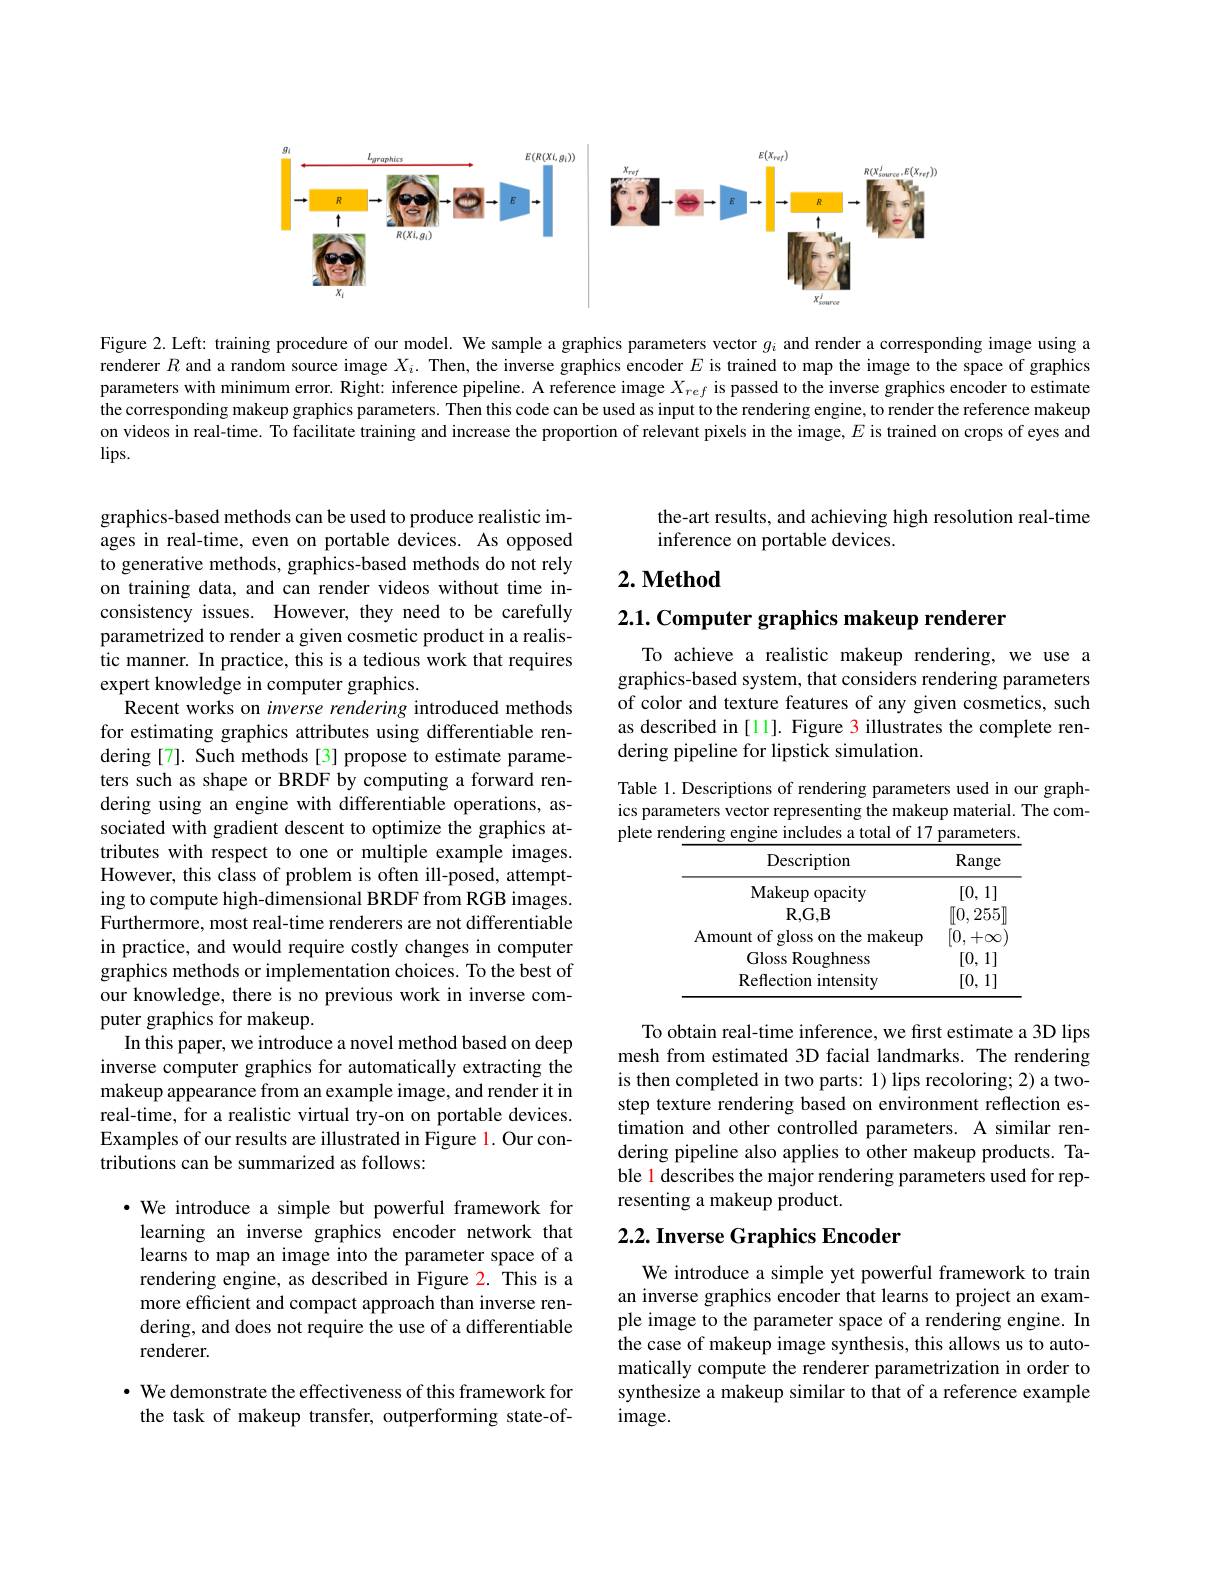
<FigureHere>

Figure 2. Left: training procedure of our model. We sample a graphics parameters vector $g_i$ and render a corresponding image using a renderer $R$ and a random source image $X_i.$ Then, the inverse graphics encoder $E$ is trained to map the image to the space of graphics parameters with minimum error. Right: inference pipeline. A reference image $X_{ref}$ is passed to the inverse graphics encoder to estimate the corresponding makeup graphics parameters. Then this code can be used as input to the rendering engine, to render the reference makeup on videos in real-time. To facilitate training and increase the proportion of relevant pixels in the image, $E$ is trained on crops of eyes and $lips.$

graphics-based methods can be used to produce realistic images in real-time, even on portable devices. As opposed to generative methods, graphics-based methods do not rely on training data, and can render videos without time inconsistency issues. However, they need to be carefully parametrized to render a given cosmetic product in a realistic manner. In practice, this is a tedious work that requires expert knowledge in computer graphics.
Recent works on inverse rendering introduced methods for estimating graphics attributes using differentiable rendering[7]. Such methods[3] propose to estimate parameters such as shape or BRDF by computing a forward rendering using an engine with differentiable operations, associated with gradient descent to optimize the graphics attributes with respect to one or multiple example images. However, this class of problem is often ill-posed, attempting to compute high-dimensional BRDF from RGB images. Furthermore, most real-time renderers are not differentiable in practice, and would require costly changes in computer graphics methods or implementation choices. To the best of our knowledge, there is no previous work in inverse computer graphics for makeup.
In this paper, we introduce a novel method based on deep inverse computer graphics for automatically extracting the makeup appearance from an example image, and render it in real-time, for a realistic virtual try-on on portable devices. Examples of our results are illustrated in Figure l. Our contributions can be summarized as follows:

·We introduce a simple but powerful framework for
learning an inverse graphics encoder network that learns to map an image into the parameter space of a rendering engine, as described in Figure 2. This is a more efficient and compact approach than inverse rendering, and does not require the use of a differentiable renderer.

· We demonstrate the effectiveness of this framework for the task of makeup transfer, outperforming state-of-

the-art results, and achieving high resolution real-time
inference on portable devices.

## $2. \textbf{Method}$

2.1. Computer graphics makeup renderer

To achieve a realistic makeup rendering, we use a graphics-based system, that considers rendering parameters of color and texture features of any given cosmetics, such as described in [11]. Figure 3 illustrates the complete rendering pipeline for lipstick simulation.

Table 1. Descriptions of rendering parameters used in our graphics parameters vector representing the makeup material. The complete rendering engine includes a total of 17 parameters.

<table>
	<tbody>
		<tr>
			<th>Description</th>
			<th>Range</th>
		</tr>
		<tr>
			<td>Makeup opacity</td>
			<td>[0, 1]</td>
		</tr>
		<tr>
			<td>$R,G,B$</td>
			<td>[[0,255</td>
		</tr>
		<tr>
			<td>Amount of gloss on the makeup</td>
			<td>[0, $+\infty$</td>
		</tr>
		<tr>
			<td>Gloss Roughness</td>
			<td>[0, 1]</td>
		</tr>
		<tr>
			<td>Reflection intensity</td>
			<td>[0, 1]</td>
		</tr>
	</tbody>
</table>

To obtain real-time inference, we first estimate a 3D lips mesh from estimated 3D facial landmarks. The rendering is then completed in two parts: 1) lips recoloring; 2) a twostep texture rendering based on environment reflection estimation and other controlled parameters. A similar rendering pipeline also applies to other makeup products. Table 1 describes the major rendering parameters used for representing a makeup product.

## $2. 2. \textbf{ Inverse Graphics Encoder}$

We introduce a simple yet powerful framework to train an inverse graphics encoder that learns to project an example image to the parameter space of a rendering engine. In the case of makeup image synthesis, this allows us to automatically compute the renderer parametrization in order to synthesize a makeup similar to that of a reference example image.